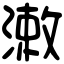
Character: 潄